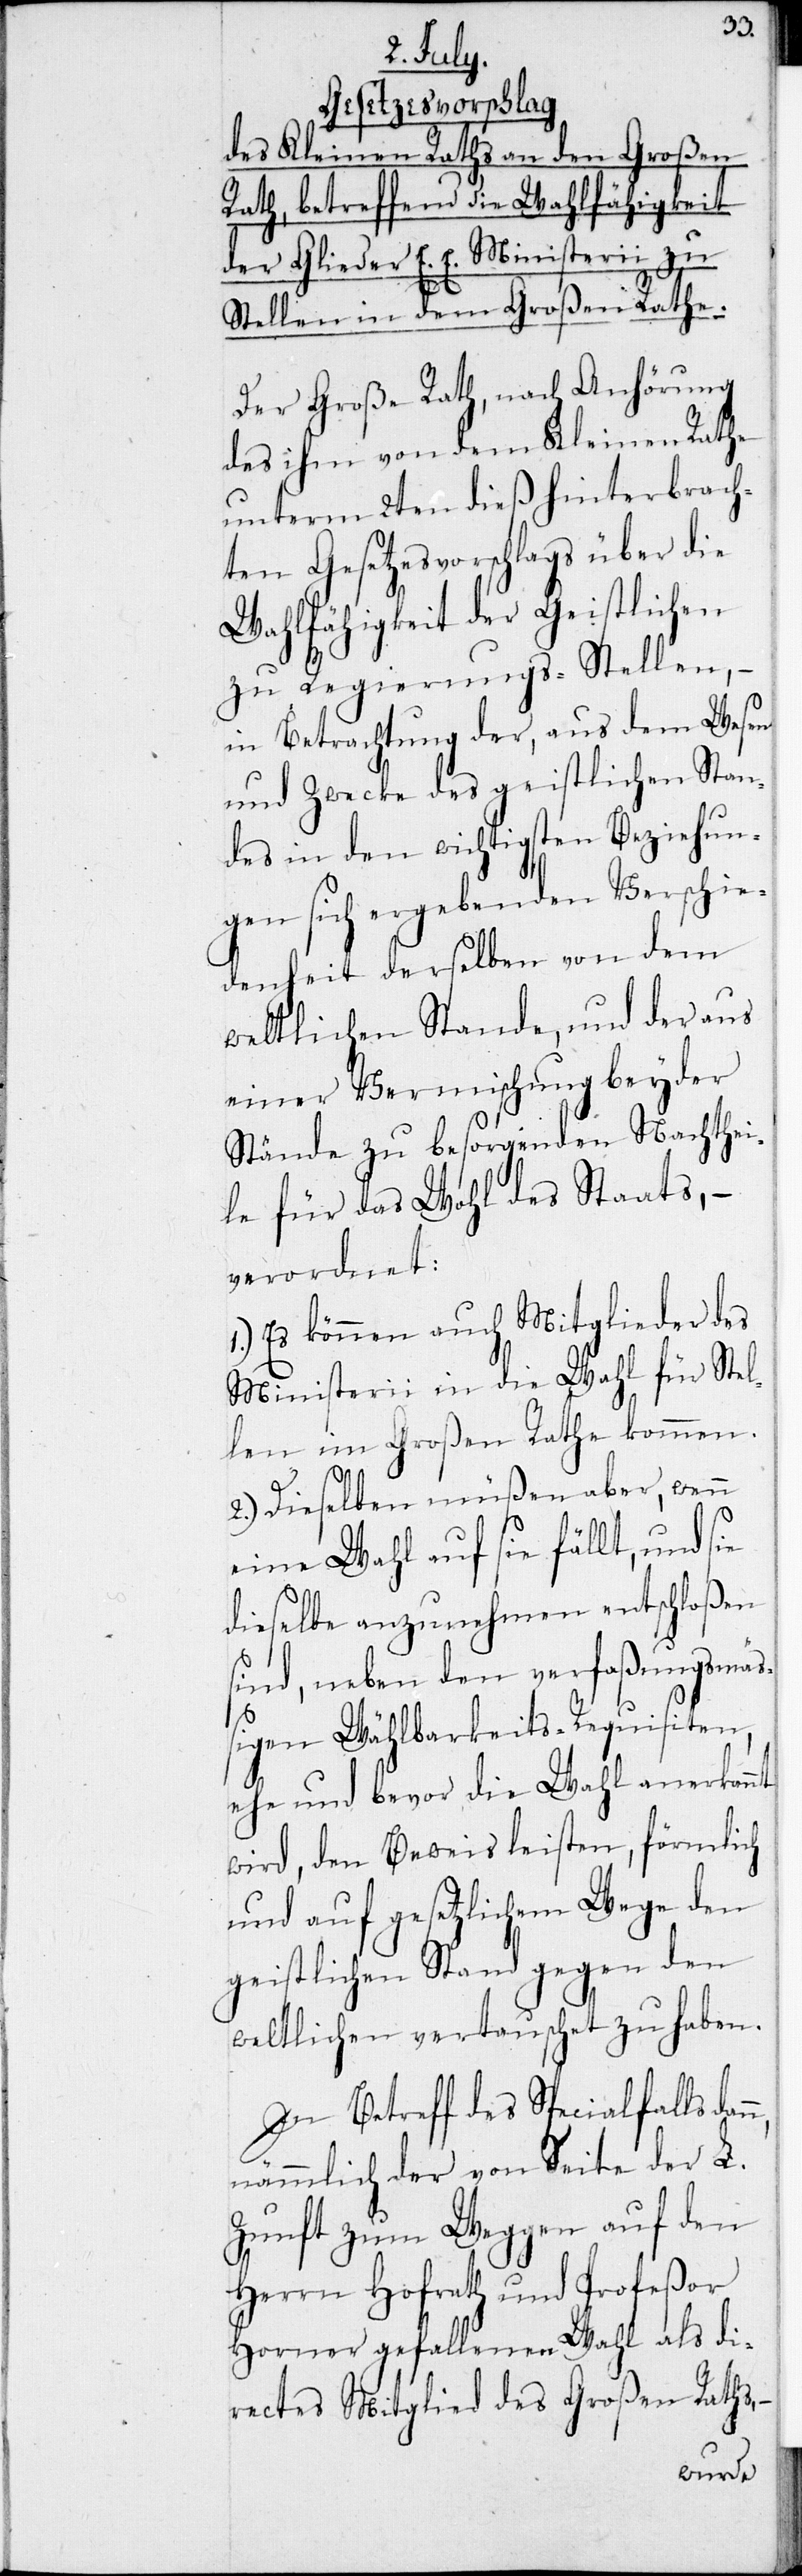
Gesetzesvorschlag
des Kleinen Raths an den Großen
Rath, betreffend die Wahlfähigkeit
der Glieder E. E. Ministerii zu
Stellen in dem Großen Rathe.
Der Große Rath, nach Anhörung
des ihm von dem Kleinen Rathe
unterm 2ten dieß hinterbrach¬
ten Gesetzesvorschlags über die
Wahlfähigkeit der Geistlichen
zu Regierungs-Stellen, –
in Betrachtung der, aus dem Wesen
und Zwecke des geistlichen Stan¬
des in dem wichtigsten Beziehun¬
gen sich ergebenden Verschie¬
denheit derselben von dem
weltlichen Stande, und der aus
einer Vermischung beyder
Stände zu besorgenden Nachthei¬
le für das Wohl des Staats, –
verordnet:
1.) Es können auch Mitglieder der
Ministerii in die Wahl für Stel¬
len im Großen Rathe kommen.
2.) Dieselben müßen aber, wenn
eine Wahl auf sie fällt, und sie
dieselbe anzunehmen entschloßen
sind, neben den verfaßungsmäß¬
igen Wählbarkeits-Requisiten,
ehe und bevor die Wahl anerkannt
wird, den Beweis leisten, förmlich
und auf gesetzlichem Wege den
geistlichen Stand gegen den
weltlichen vertauscht zu haben.
In Betreff des Speciallfalls
nämmlich der von Seite der L.
Zunft zum Weggen auf den
Herrn Hofrath und Profeßor
Horner gefallenen Wahl als di¬
rectes Mitglied des Großen Raths,